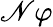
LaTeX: \mathscr{N}\varphi